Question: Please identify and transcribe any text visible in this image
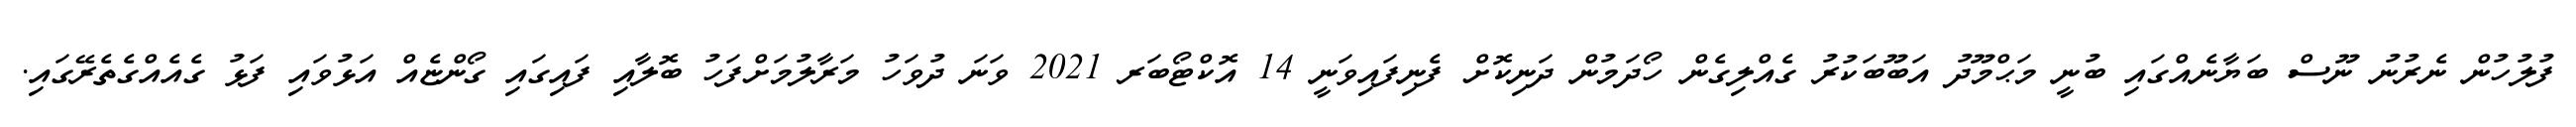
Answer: ފުލުހުން ނެރުނު ނޫސް ބަޔާނެއްގައި ބުނީ މަޙްމޫދު އަބޫބަކުރު ގެއްލިގެން ހޯދަމުން ދަނިކޮށް ފެނިފައިވަނީ 14 އޮކްޓޯބަރ 2021 ވަނަ ދުވަހު މަރާލުމަށްފަހު ބޮލާއި ފައިގައި ގޯންޏެއް އަޅުވައި ފަޅު ގެއެއްގެތެރޭގައި.